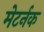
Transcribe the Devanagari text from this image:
मेटर्नक